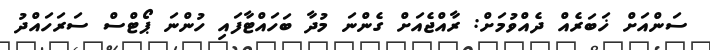
ސަންއަށް ޚަބަރެއް ދެއްވުމަށް: ރާއްޖެއަށް ގެންނަ މުދާ ބަހައްޓާފައި ހުންނަ ޕޯޓްސް ސަރަހައްދު